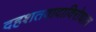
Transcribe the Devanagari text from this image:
दहशतवादाविरोधात